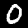
Label: 0